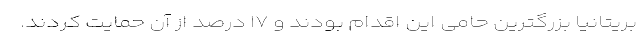
بریتانیا بزرگترین حامی این اقدام بودند و ۱۷ درصد از آن حمایت کردند.